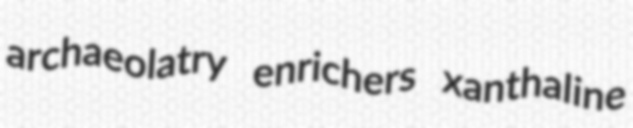
archaeolatry enrichers xanthaline